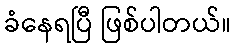
ခံနေရပြီ ဖြစ်ပါတယ်။